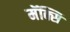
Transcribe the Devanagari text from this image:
मॅक्सि